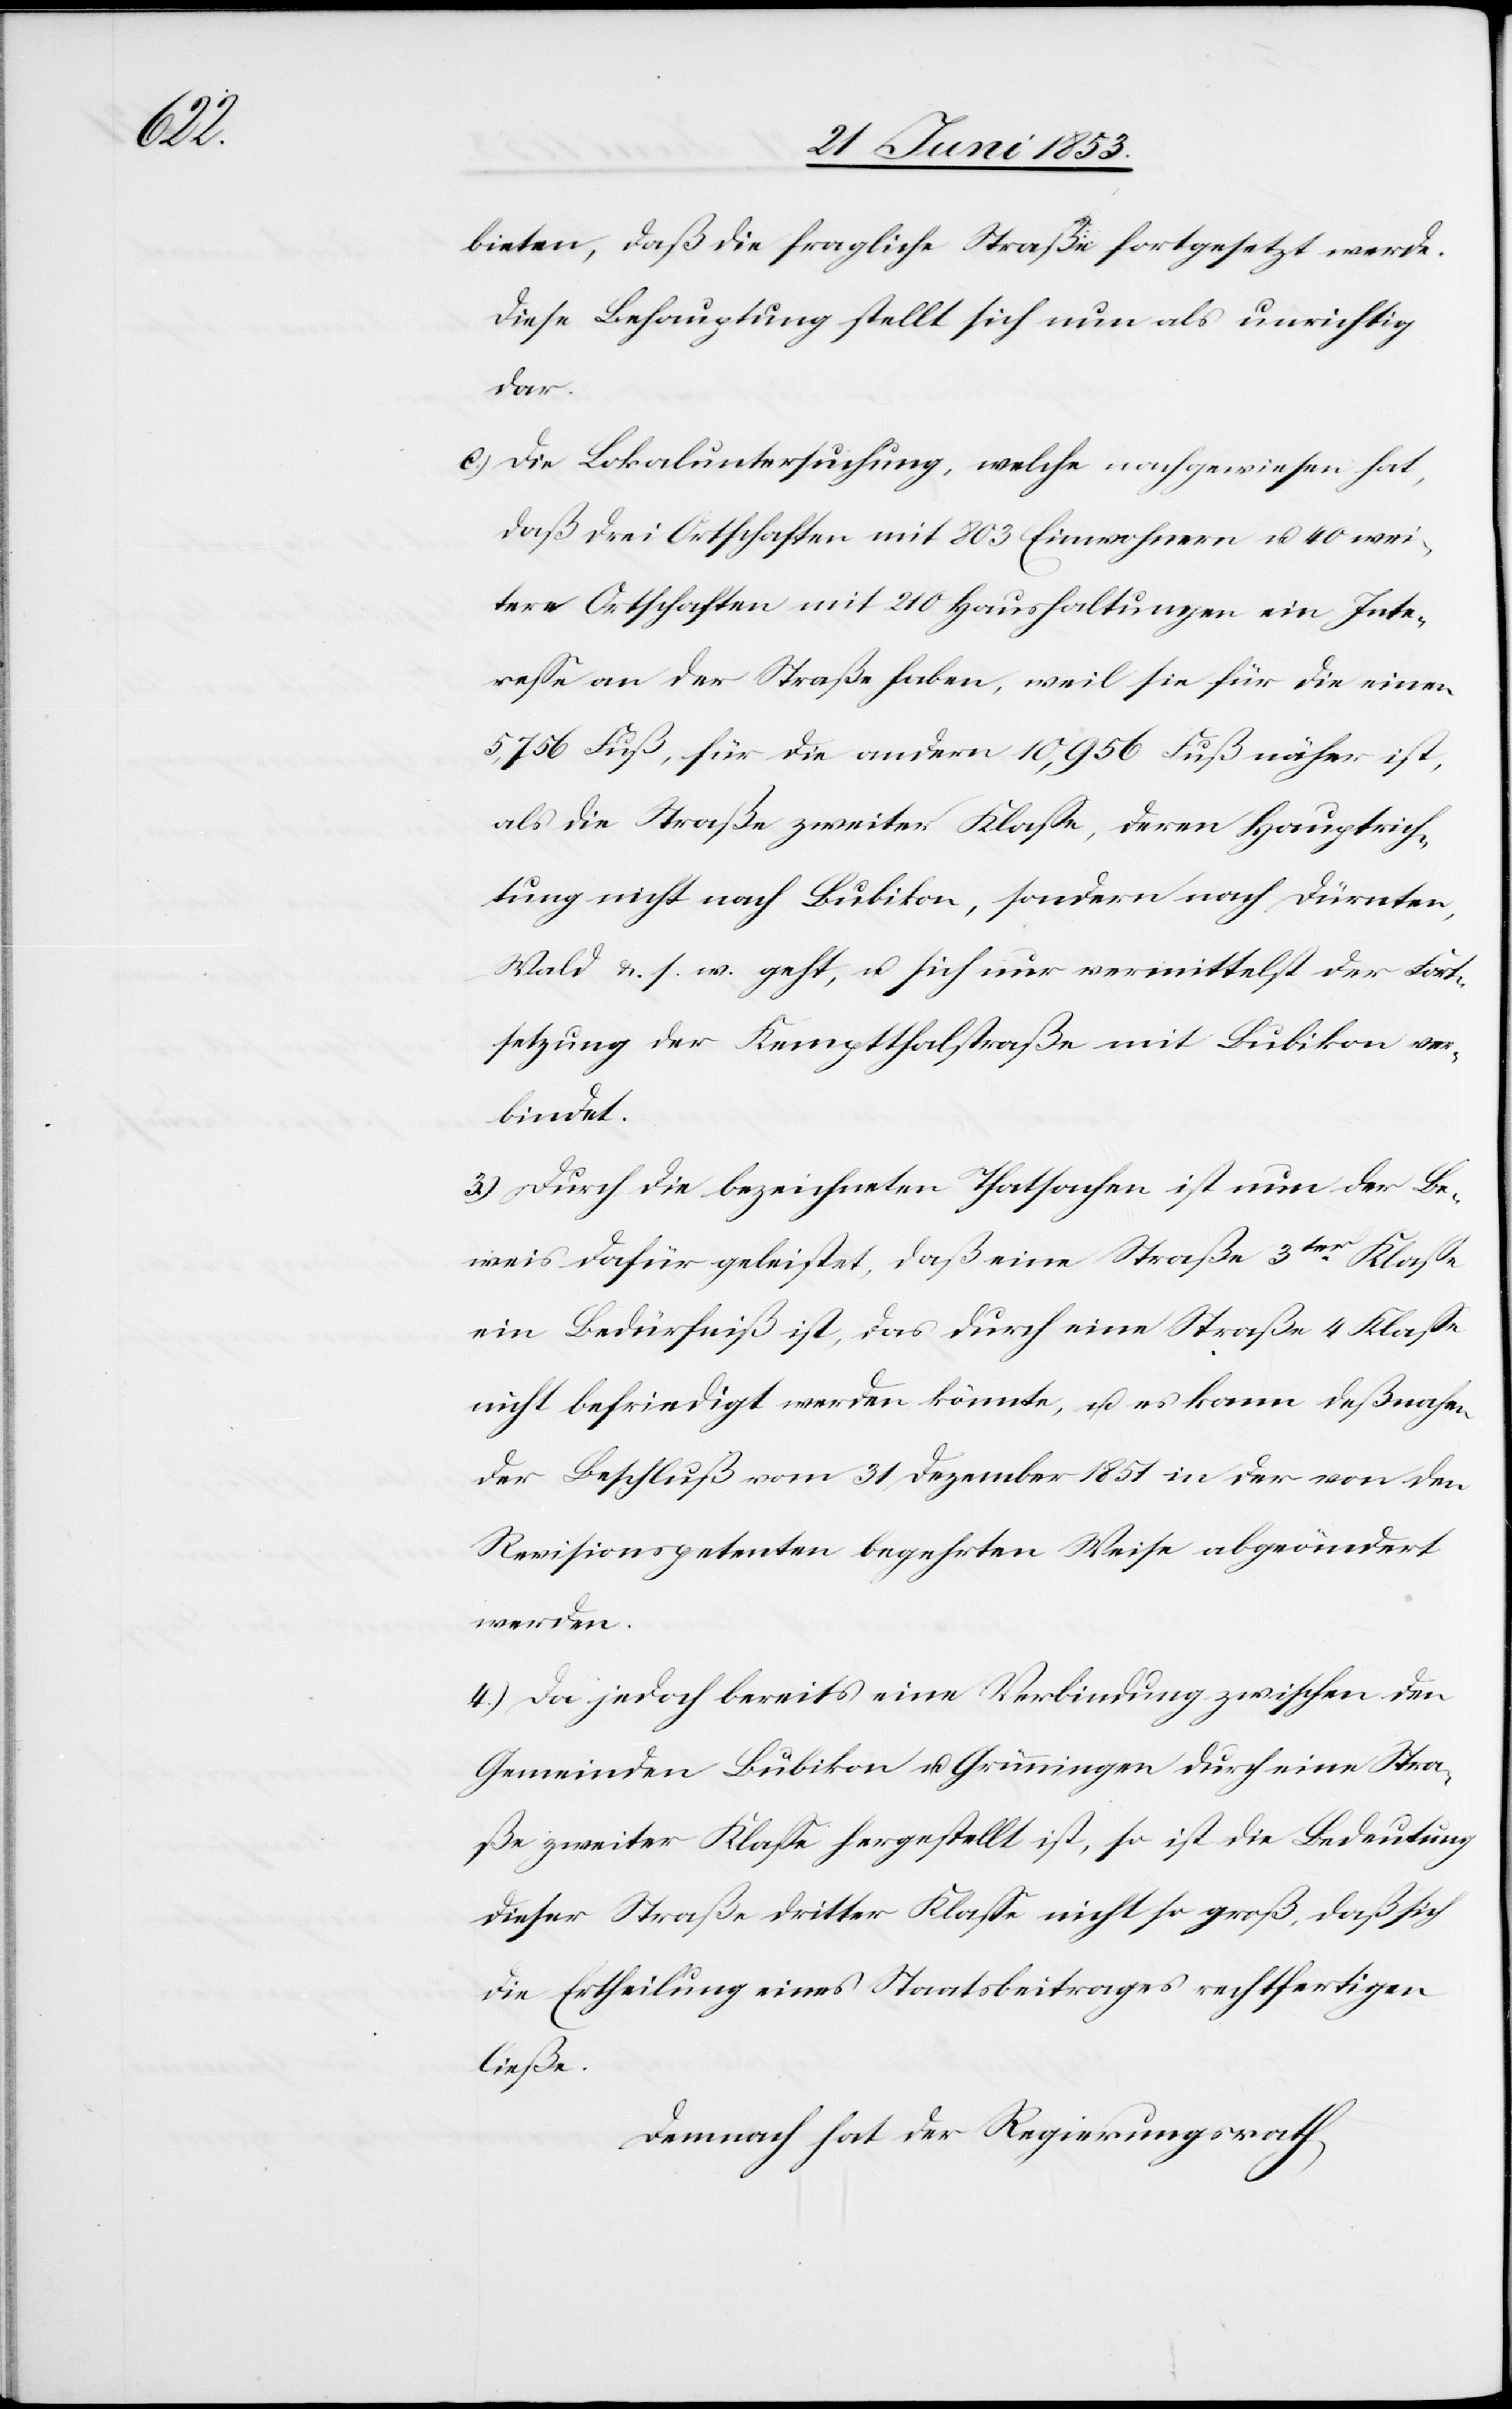
bieten, daß die fragliche Straße fortgesetzt werde.
Diese Behauptung stellt sich nun als unrichtig
dar.
c) Die Lokaluntersuchung, welche nachgewiesen hat,
daß drei Ortschaften mit 803 Einwohnern u. 40 wei¬
tere Ortschaften mit 210 Haushaltungen ein Inte¬
reße an der Straße haben, weil sie für die einen
5,756 Fuß, für die andern 10,956 Fuß näher ist,
als die Straße zweiter Klaße, deren Hauptrich¬
tung nicht nach Bubikon, sondern nach Dürnten,
Wald u. s. w. geht, u. sich nur vermittelst der Fort¬
setzung der Kemptthalstraße mit Bubikon ver¬
bindet.
3) Durch die bezeichneten Thatsachen ist nun der Be¬
weis dafür geleistet, daß eine Straße 3ter. Klaße
ein Bedürfniß ist, das durch eine Straße 4 Klaße
nicht befriedigt werden könnte, u. es kann deßnahen
der Beschluß vom 31 Dezember 1851 in der von den
Revisionspetenten begehrten Weise abgeändert
werden.
4) Da jedoch bereits eine Verbindung zwischen den
Gemeinden Bubikon u. Grüningen durch eine Stra¬
ße zweiter Klaße hergestellt ist, so ist die Bedeutung
dieser Straße dritter Klaße nicht so groß, daß sich
die Ertheilung eines Staatsbeitrages rechtfertigen
ließe.
Demnach hat der Regierungsrath